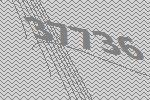
37736